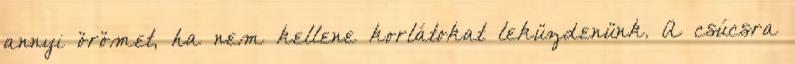
annyi örömet, ha nem kellene korlátokat leküzdenünk. A csúcsra